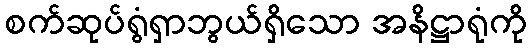
စက်ဆုပ်ရွံရှာဘွယ်ရှိသော အနိဋ္ဌာရုံကို